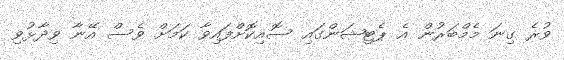
ވުރެ ގިނަ މެމްބަރުން އެ ޕެޓިޝަންގައި ސޮއިކޮށްފައިވާ ކަމަށް ވެސް އޭނާ ވިދާޅުވި